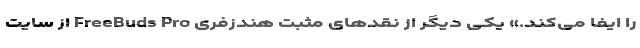
را ایفا می‌کند.» یکی دیگر از نقدهای مثبت هندزفری FreeBuds Pro از سایت